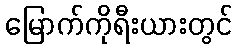
မြောက်ကိုရီးယားတွင်